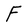
Character: F